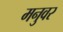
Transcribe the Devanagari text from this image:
मनुवर